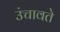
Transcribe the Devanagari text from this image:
उंचावते